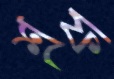
শ্রফ